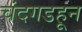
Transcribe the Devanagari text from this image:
चंदगडहून